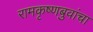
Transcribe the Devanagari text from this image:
रामकृष्णबुवांचा